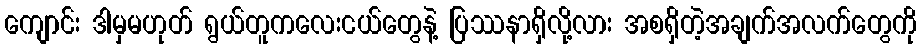
ကျောင်း ဒါမှမဟုတ် ရွယ်တူကလေးငယ်တွေနဲ့ ပြဿနာရှိလို့လား အစရှိတဲ့အချက်အလက်တွေကို